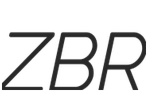
ZBR